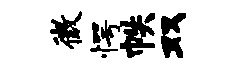
微愕帙双